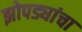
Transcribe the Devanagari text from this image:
झोपड्यांचा